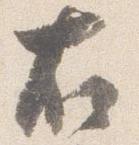
右